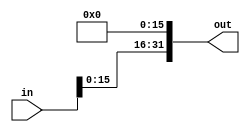
//*** F:DN this file contains a mac where the multipliaction is split up to                                                                          
//   inorder to minimize tq-n
module shift(in, out);
parameter Pn = 8; //lowest precision requrested
input [31:0]in;
output [31:0]out;
assign out = in<<(2*Pn);
endmodule

module conf_int_mac__noFF__designed( clk, rst, a, b, c, apx__p, d
 );
//--- parameters
//parameter BT_RND = 0
parameter OP_BITWIDTH = 16; //operator bit width
parameter DATA_PATH_BITWIDTH = 16; //flip flop Bit width

//**** F:AN you should update the Pn in shift module aswell
parameter Pn = 8; //lowest precision requrested

//--- input,outputs
input clk;
input rst;
input [DATA_PATH_BITWIDTH -1:0] a;
input [DATA_PATH_BITWIDTH-1:0] b;
input [DATA_PATH_BITWIDTH-1:0] c;
input apx__p; //predicating whether apx or accurate mode
output [DATA_PATH_BITWIDTH-1:0] d;


//--- no flop design
wire [31:0] L_L;
wire [31:0] H_L;
wire [31:0] L_H;
wire [31:0] H_H;
wire [31:0] H_L_shifted;
wire [31:0] L_H_shifted;
wire [31:0] H_H_shifted;
wire [31:0] top_half;
wire [31:0] bottom_half;
wire [31:0] mul_res;
wire [31:0] mac_res_acc;
wire [31:0] mac_res_apx;



assign L_L = a[Pn-1:0] * b[Pn-1:0];
assign H_L = a[31:Pn] * b[Pn-1:0];
assign L_H = a[Pn-1:0] * b[31:Pn];
assign H_H = a[31:Pn] * b[31:Pn];

assign H_L_shifted = H_L << Pn;
assign L_H_shifted = L_H << Pn;
assign H_H_shifted = H_H << (2*Pn);

assign top_half = H_H_shifted + L_H_shifted;
assign bottom_half = H_L_shifted + L_L;
assign mul_res = bottom_half + top_half;
assign mac_res_acc = mul_res + c; 

//assign mac_res_apx = (H_H + c[31:24])<<24;

// synopsys dc_script_begin 
//set_dont_touch mac_res_apx
// synopsys dc_script_end
shift U_shift(.in((H_H + c[31:(2*Pn)])), .out(mac_res_apx));

assign d = apx__p ? mac_res_apx : mac_res_acc;

endmodule